[Report on the health of British troops in the Madras command]
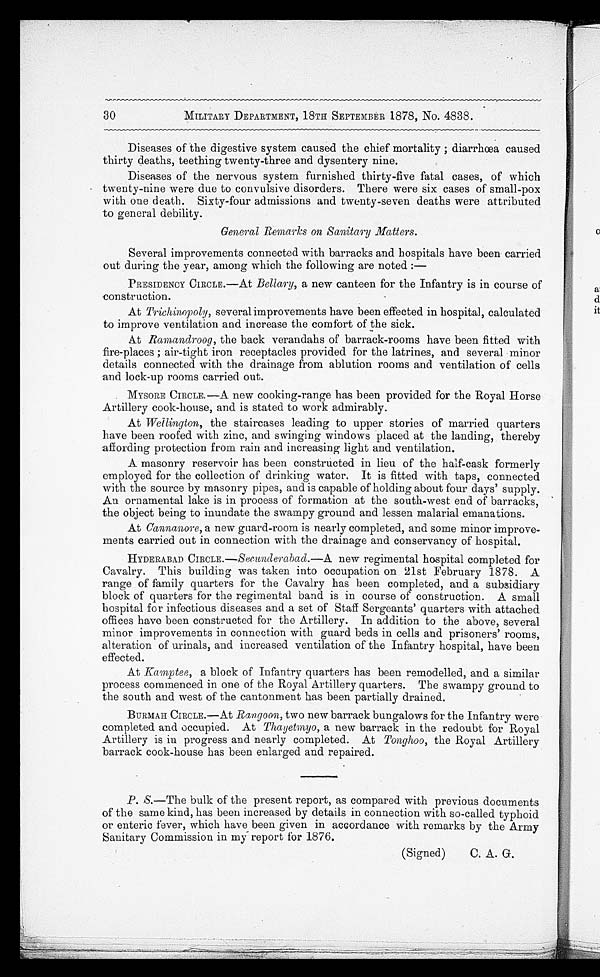
MILITARY DEPARTMENT, 18TH SEPTEMBER 1878, No. 4838.
Diseases of the digestive system caused the chief mortality ; diarrhœa caused
thirty deaths, teething twenty-three and dysentery nine.
Diseases of the nervous system furnished thirty-five fatal cases, of which
twenty-nine were due to convulsive disorders. There were six cases of small-pox
with one death. Sixty-four admissions and twenty-seven deaths were attributed
to general debility.
General Remarks on Sanitary Matters.
Several improvements connected with barracks and hospitals have been carried
out during the year, among which the following are noted :-
PRESIDENCY CIRCLE.---At Bellary, a new canteen for the Infantry is in course of
construction.
At Triehinopoly, several improvements have been effected in hospital, calculated
to improve ventilation and increase the comfort of the sick.
At Ramandroog, the back verandahs of barrack-rooms have been fitted with
fire-places ; air-tight iron receptacles provided for the latrines, and several minor
details connected with the drainage from ablution rooms and ventilation of cells
and lock-up rooms carried out.
MYSORE CIRCLE.-A new cooking-range has been provided for the Royal Horse
Artillery cook-house, and is stated to work admirably.
At Wellington, the staircases leading to upper stories of married quarters
have been roofed with zinc, and swinging windows placed at the landing, thereby
affording protection from rain and increasing light and ventilation.
A masonry reservoir has been constructed in lieu of the half-cask formerly
employed for the collection of drinkin water. It is fitted with taps, connected
with the source by masonry pipes, and iscapable of holding about four days' supply.
An ornamental lake is in process of formation at the south-west end of barracks,
the object being to inundate the swampy ground and lessen malarial emanations.
At Cannanore, a new guard-room is nearly completed, and some minor improve-
ments carried out in connection with the drainage and conservancy of hospital.
HYDERABAD CIRCLE. .—Secunderabad.—A new regimental hospital completed for
Cavalry. This building was taken into occupation on 21st February 1878. A
range of family quarters for the Cavalry has been completed, and a subsidiary
block of quarters for the regimental band is in course of construction. A small
hospital for infectious diseases and a set of Staff Sergeants' quarters with attached
offices have been constructed for the Artillery. In addition to the above, several
minor improvements in connection with guard beds in cells and prisoners' rooms,
alteration of urinals, and increased ventilation of the Infantry hospital, have been
effected.
At Kamptee, a block of Infantry quarters has been remodelled, and a similar
process commenced in one of the Royal Artillery quarters. The swampy ground to
the south and west of the cantonment has been partially drained.
BURMAH CIRCLE.—At Rangoon, two new barrack bungalows for the Infantry were
completed and occupied. At Thayetmyo, a new barrack in the redoubt for Royal
Artillery is in progress and nearly completed. At Tonghoo, the Royal Artillery
barrack cook-house has been enlarged and repaired.
•
P. S.—The bulk of the present report, as compared with previous documents
of the same kind, has been increased by details in connection with so-called typhoid
or enteric fever, which have been given in accordance with remarks by the Army
Sanitary Commission in my report for 1876.
(Signed)
C. A. G.
30